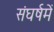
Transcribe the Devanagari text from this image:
संघर्षमें